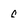
Character: c